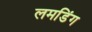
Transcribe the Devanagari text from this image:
लमडिंग